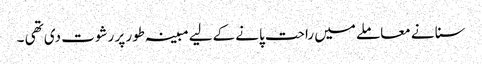
سنا نے معاملے میں راحت پانے کےلیے مبینہ طور پر رشوت دی تھی ۔